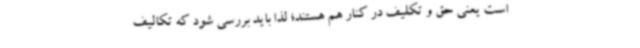
است یعنی حق و تکلیف در کنار هم هستند؛ لذا باید بررسی شود که تکالیف